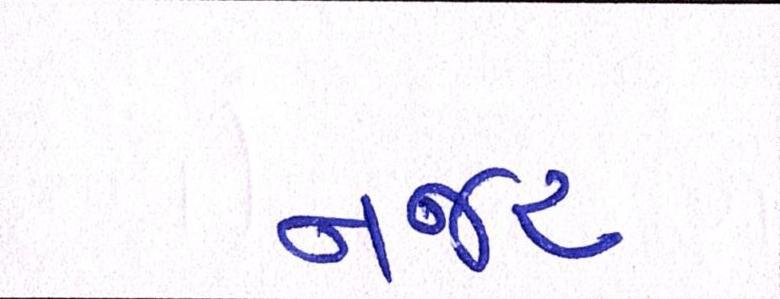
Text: નજર